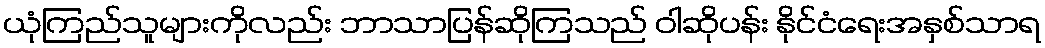
ယုံကြည်သူများကိုလည်း ဘာသာပြန်ဆိုကြသည် ဝါဆိုပန်း နိုင်ငံရေးအနှစ်သာရ